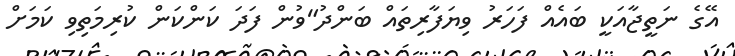
އޭގެ ނަތީޖާއަކީ ބައެއް ފަހަރު ވިޔަފާރިތައް ބަންދު"ވުން ފަދަ ކަންކަން ކުރިމަތިވި ކަމަށް